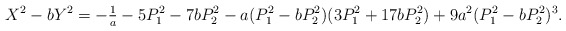
\begin{align*}X^2-bY^2=-\tfrac{1}{a}-5P_1^2-7bP_2^2-a(P_1^2-bP_2^2)(3P_1^2+17bP_2^2)+9a^2(P_1^2-bP_2^2)^3.\end{align*}